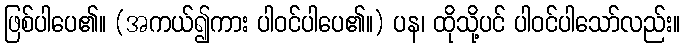
ဖြစ်ပါပေ၏။ (အကယ်၍ကား ပါဝင်ပါပေ၏။) ပန၊ ထိုသို့ပင် ပါဝင်ပါသော်လည်း။